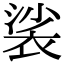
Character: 裟